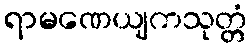
ရာမဏေယျကသုတ္တံ